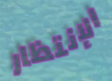
الإنتظار